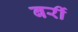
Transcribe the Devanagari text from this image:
बरीं